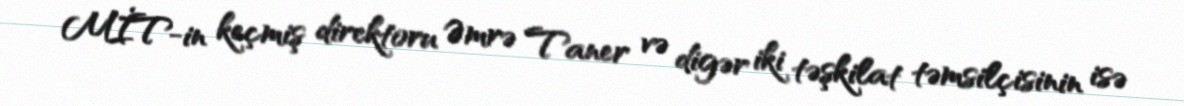
MİT-in keçmiş direktoru Əmrə Taner və digər iki təşkilat təmsilçisinin isə